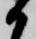
か